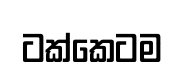
ටක්කෙටම